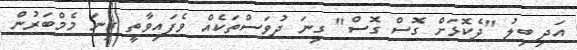
އަދި ބިލު "ދެކޮޅަށް ގޮސް ގޮސް" ގިނަ ދުވަސްތަކެއް ވެފައިވާތީ ގިނަ މެމްބަރުން